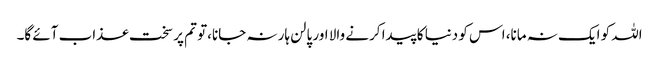
اللہ کو ایک نہ مانا، اس کو دنیا کا پیدا کرنے والا اور پالن ہار نہ جانا،تو تم پر سخت عذاب آئے گا۔